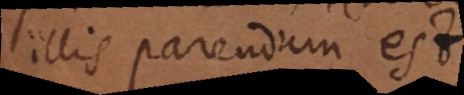
illis parendum est